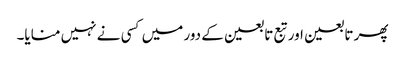
پھر تابعین اور تبع تابعین کے دور میں کسی نے نہیں منایا۔